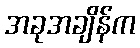
အခုအချိန်က